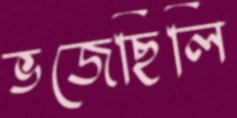
ভজেছিলি